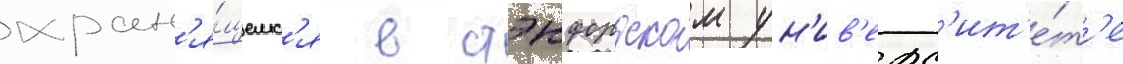
хран'я́щемс'я в стэнфордском ун'ив'ерс'ит'е́т'е